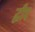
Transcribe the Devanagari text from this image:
द्धीप